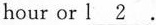
hour or l___.